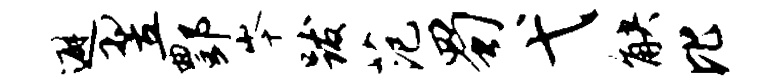
避翌酆岑跋范蜀弋觖比